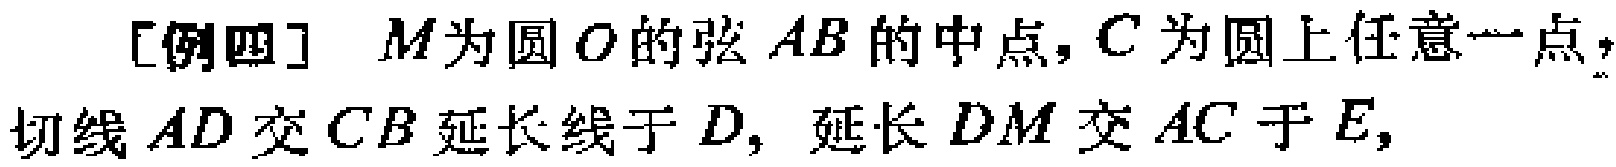
[例四] \(M\)为圆\(O\)的弦\(AB\)的中点，\(C\)为圆上任意一点，切线\(AD\)交\(CB\)延长线于\(D\)，延长\(DM\)交\(AC\)于\(E\)，